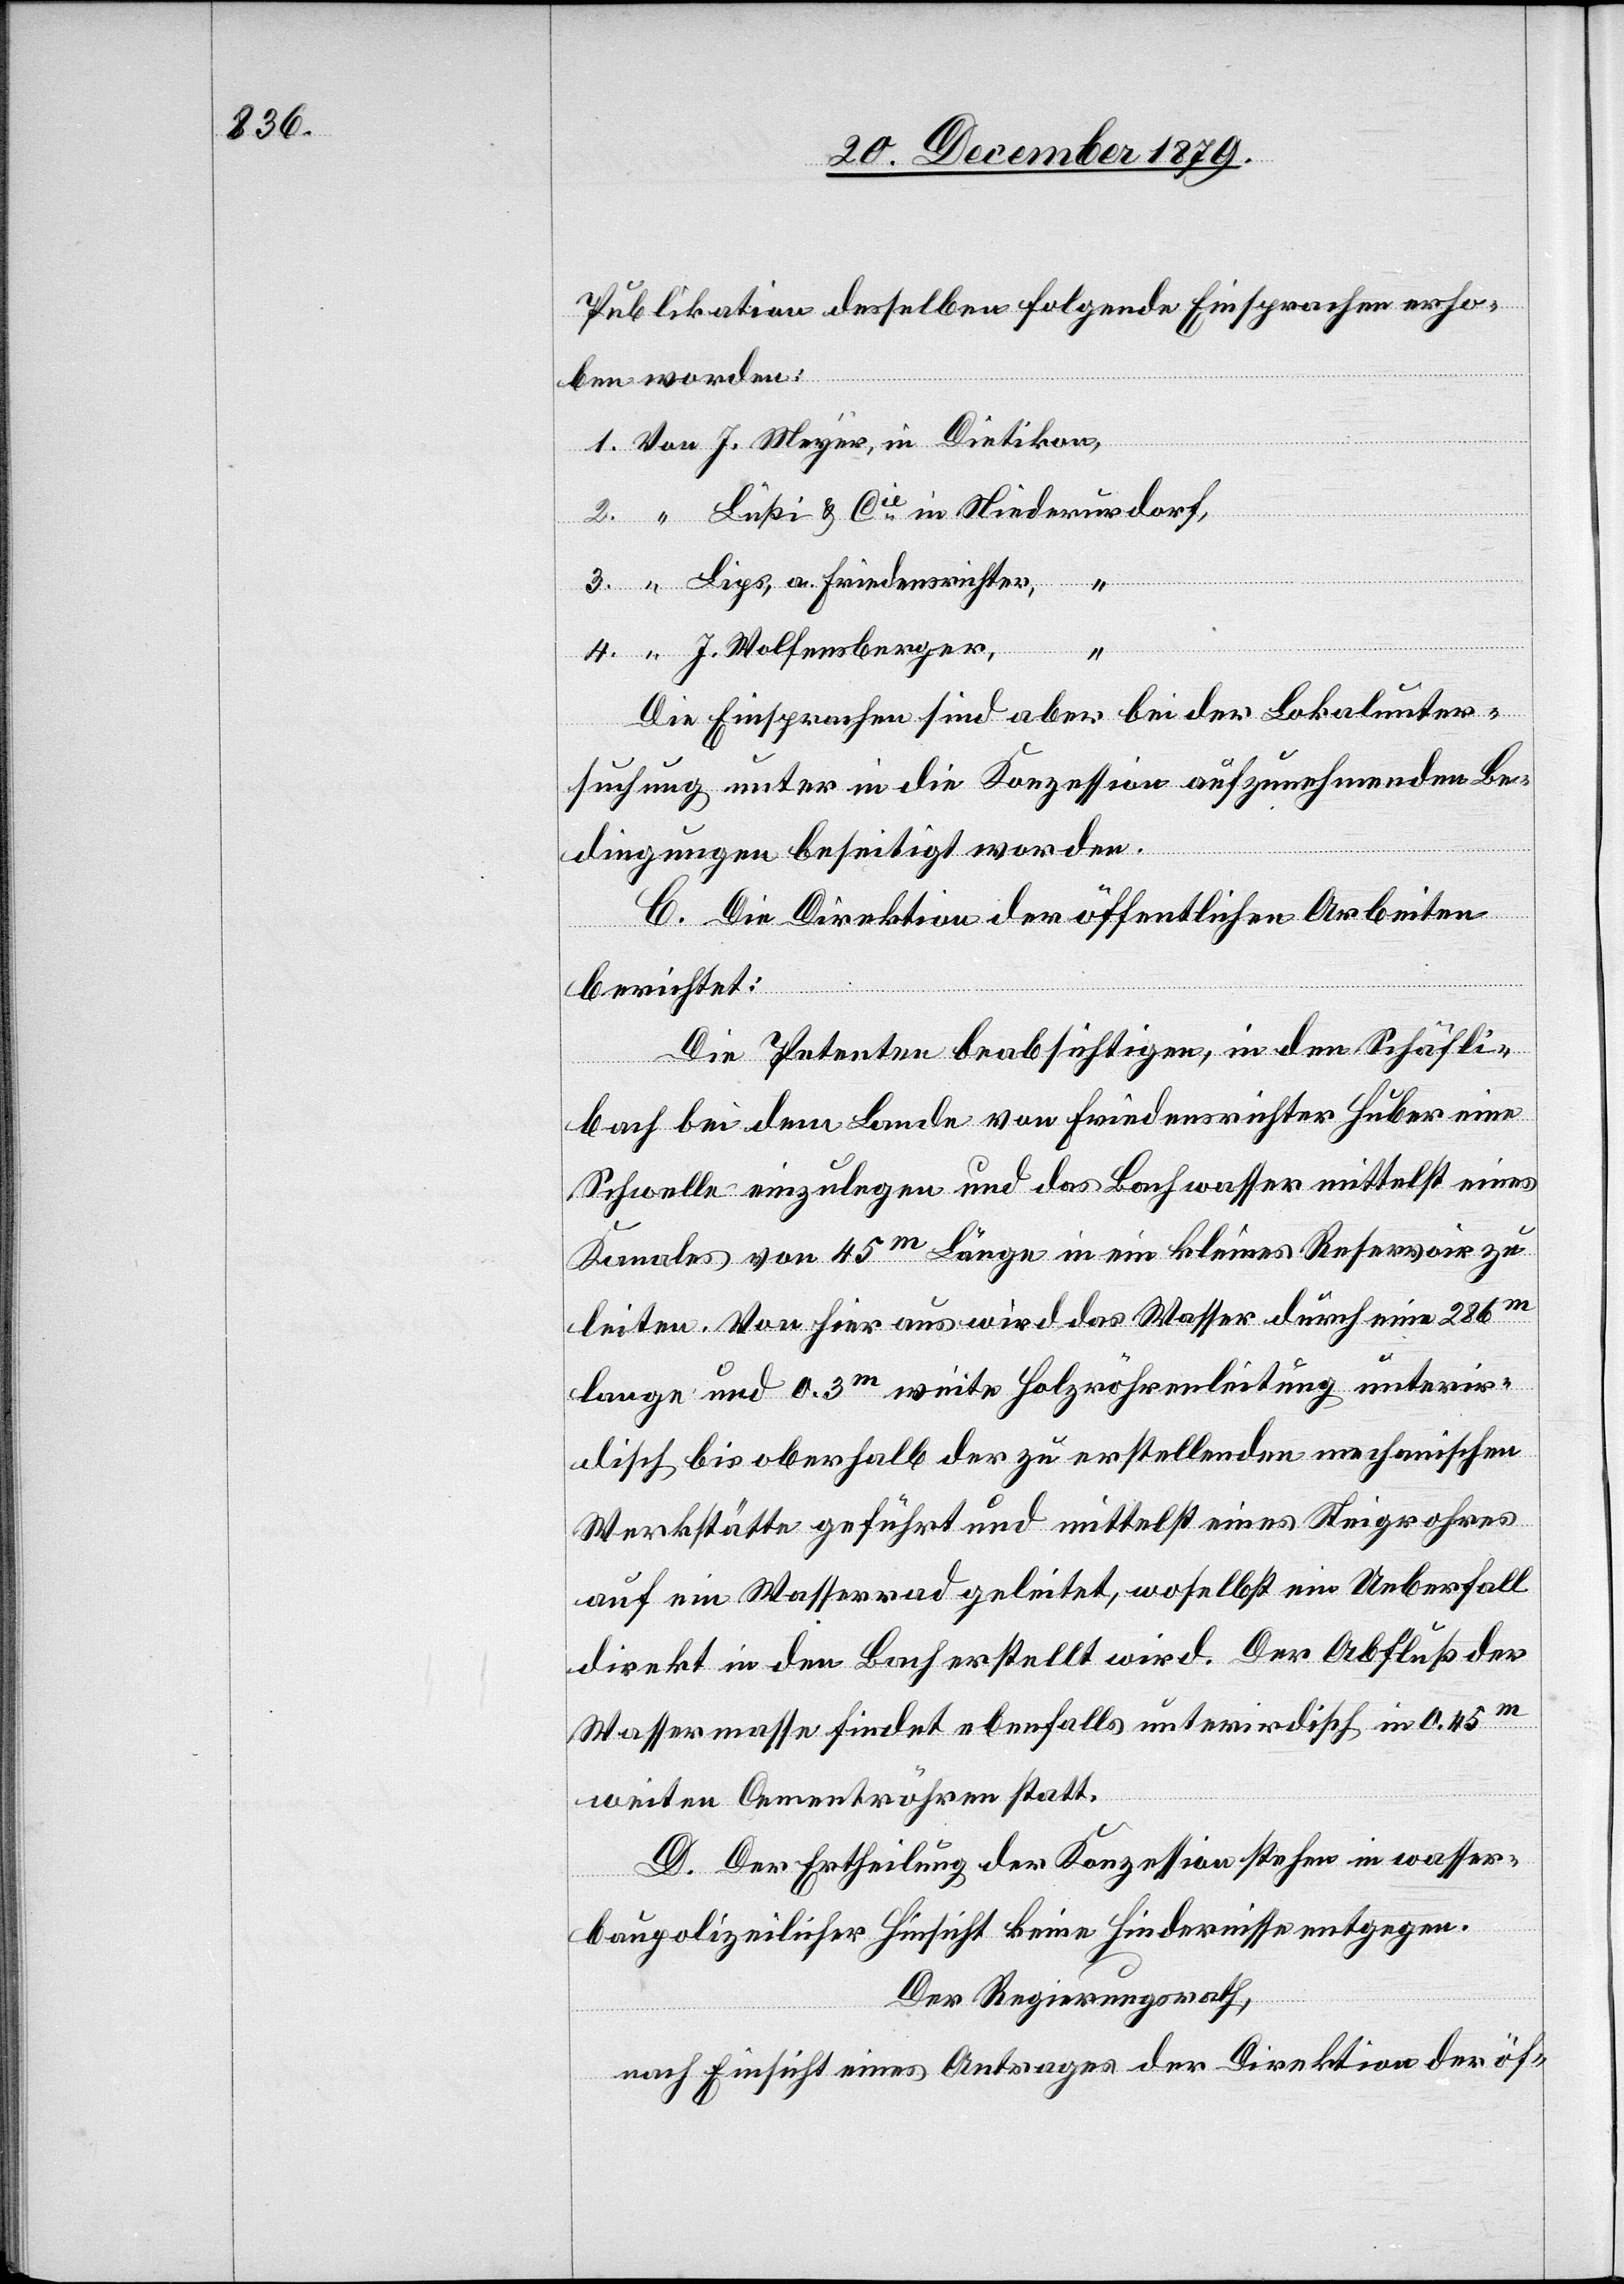
Publikation desselben folgende Einsprachen erho¬
richter,
ben worden:
J. Wolfensberger,
“
Die Einsprachen sind aber bei der Lokalunter¬
suchung unter in die Konzession aufzunehmenden Be¬
dingungen beseitigt worden.
C. Die Direktion der öffentlichen Arbeiten
4.
berichtet:
Die Petenten beabsichtigen, in den Schäfli¬
bach bei dem Lande von Friedensrichter Huber eine
Schwelle einzulegen und das Bachwasser mittelst eines
Kanales von 45m Länge in ein kleines Reservoir zu
leiten. Von hier aus wird das Wasser durch eine 286m
lange und 0.3m weite Holzröhrenleitung unterir¬
disch bis oberhalb der zu erstellenden mechanischen
Werkstätte geführt und mittelst eines Steigrohres
auf ein Wasserrad geleitet, woselbst ein Ueberfall
direkt in den Bach erstellt wird. Der Abfluß der
Wassermasse findet ebenfalls unterirdisch in 0.45m
weiten Cementröhren statt.
D. Der Ertheilung der Konzession stehen in wasser¬
baupolizeilicher Hinsicht keine Hindernisse entgegen.
Der Regierungsrath,
nach Einsicht eines Antrages der Direktion der öf-